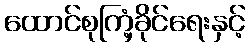
ထောင်စုကြံ့ခိုင်ရေးနှင့်